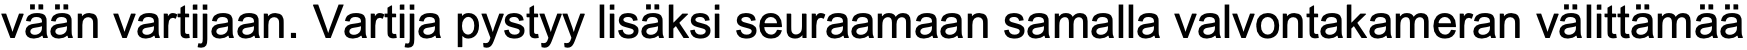
vään vartijaan. Vartija pystyy lisäksi seuraamaan samalla valvontakameran välittämää